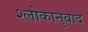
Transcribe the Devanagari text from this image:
श्‍लोकानुवाद